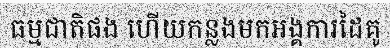
ធម្មជាតិផង ហើយកន្លងមកអង្គការដៃគូ